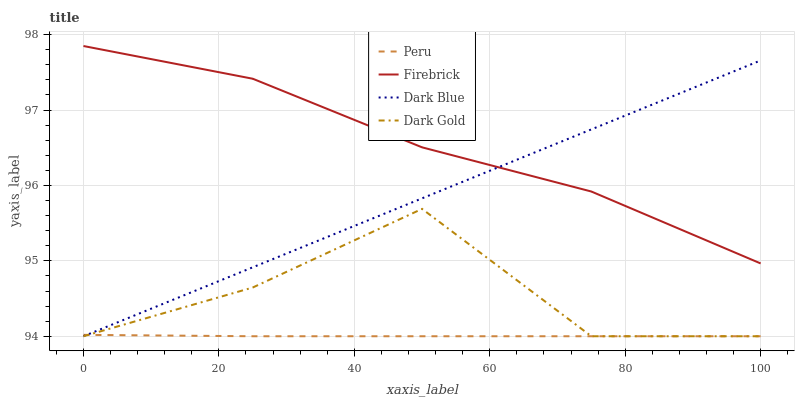
| xaxis_label | Peru | Firebrick | Dark Blue | Dark Gold |
 | --- | --- | --- | --- | --- |
 | 0 | 94 | 97.8 | 94 | 94 |
 | 25 | 94 | 97.4 | 94.9 | 94.6 |
 | 50 | 94 | 96.5 | 95.8 | 95.7 |
 | 75 | 94 | 95.9 | 96.7 | 94 |
 | 100 | 94 | 95 | 97.7 | 94 |